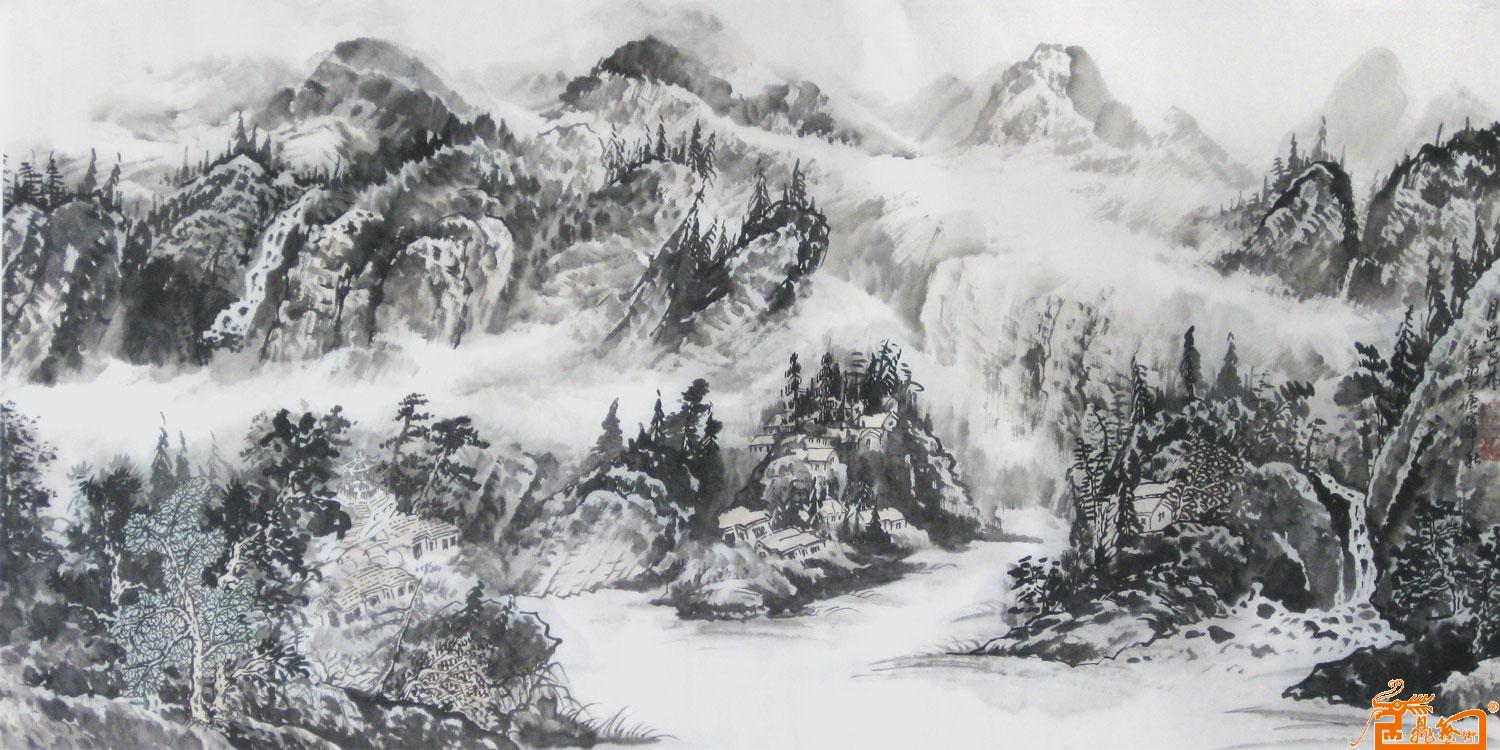
霰淅沥而先集，雪粉糅而遂多。